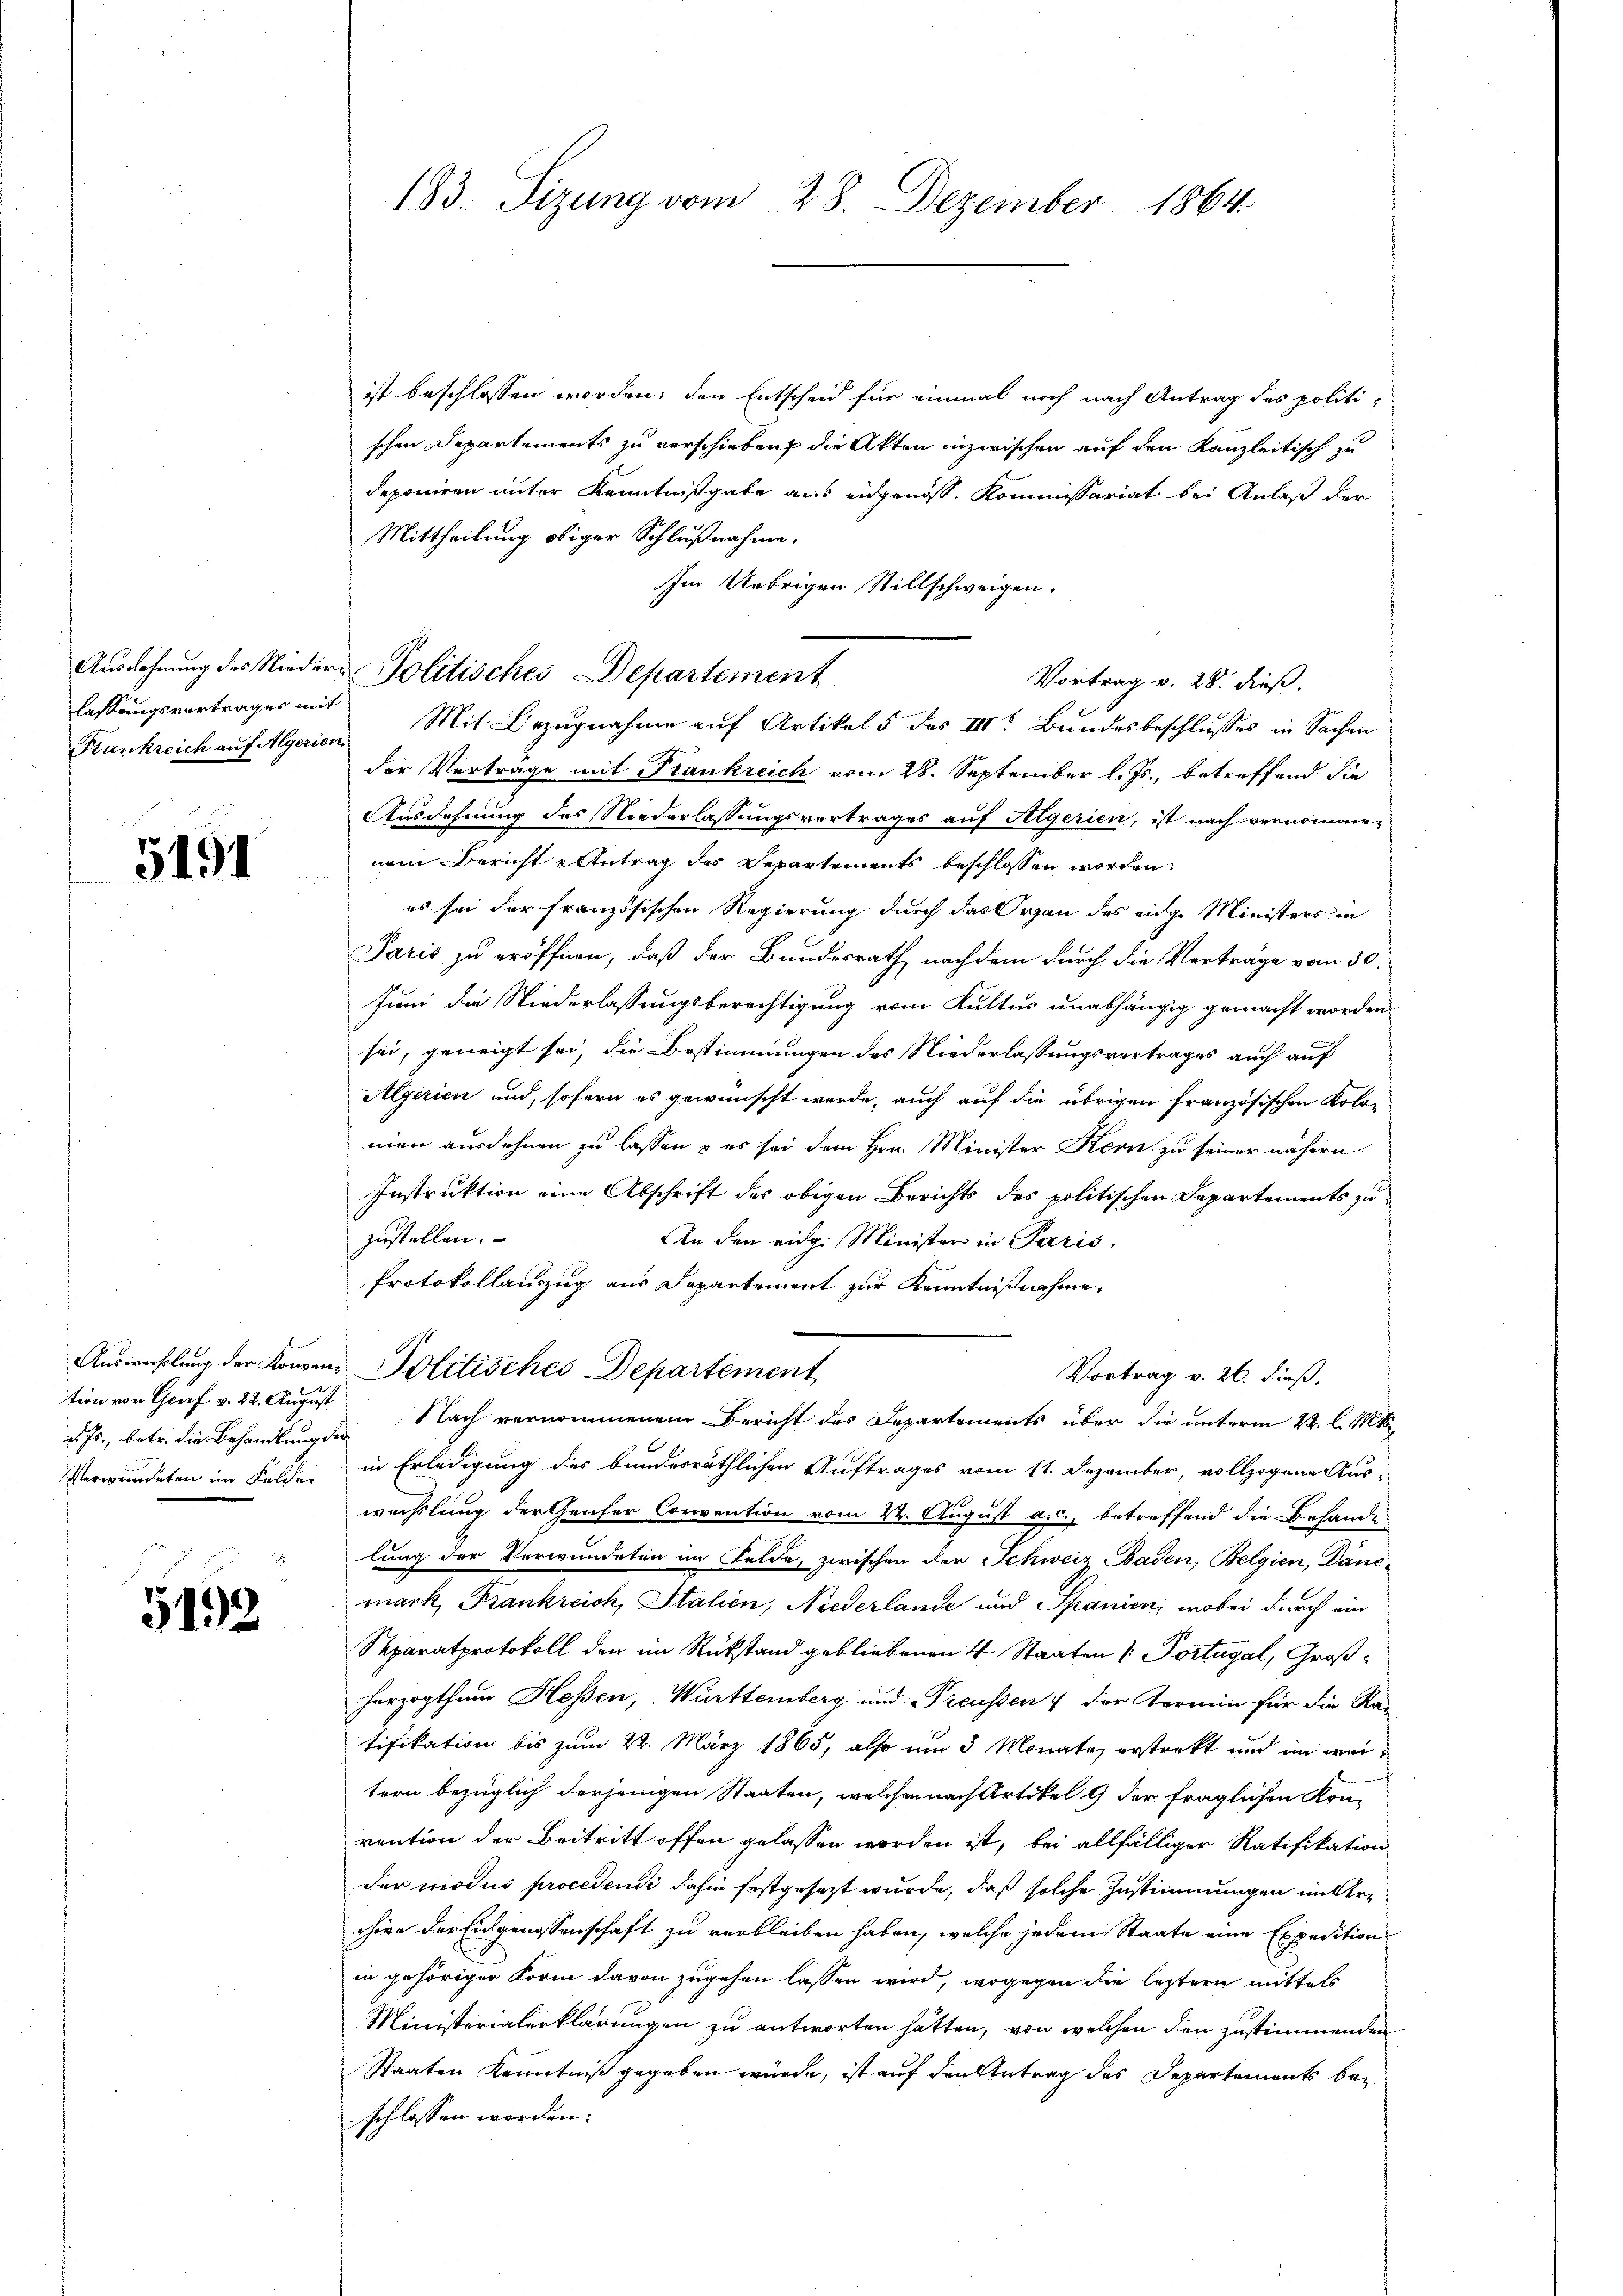
lassungsvertrages mit
Krankreich auf Algerien

5191

ist beschlossen worden, den Entscheid für einmal noch nach Antrag des politi-
schen Departements zu verschieben, die Akten inzwischen auf den Kanzleitisch zu
deponiren unter Kenntnißgabe aus eidgenöss. Kommissariat bei Anlaß der
Mittheilung obiger Schlußnahme.
Im Uebrigen Stillschweigen.
Vortrag v. 28. dieß.
Mit Bezugnahme auf Artikel 5 des III. Bundesbeschlusses in Sachen
der Verträge mit Frankreich vom 28. September l. Js., betreffend die
Ausdehnung des Niederlassungsvertrages auf Algerien, ist nach vernommen
nem Bericht Antrag des Departements beschlossen worden.
es sei der französischen Regierung durch das Organ des eidge Ministers in
Paris zu eröffnen, daß der Bundesrath nachdem durch die Verträge vom 30.
Juni die Niederlassungsberechtigung vom Kultus unabhängig gemacht worden.
sei, geneigt sei, die Bestimmungen des Niederlassungsvertrages auch auf
Algerien und, sofern es gewünscht werde, auch auf die übrigen französischen Kolomen ausdehnen zu lassen & es sei dem Hrn. Minister Kern zu seiner nähern
Instruktion eine Abschrift des obigen Berichts des politischen Departements zu
zustellen.
An den eidg. Minister in Paris.
Protokollauszug aus Departement zur Kenntnißnahme.
Auswechslung der Konzen- Politisches Departement
Vortrag v. 26. dieß,
Nach vernommenem Bericht des Departements über die unterm 22. l. Mt
Verwundeten im Felde in Erledigung des bundesräthlichen Auftrages vom 11. Dezember, vollzogene Auswechslung der Genfer Convention vom 24. August a. c. betreffend die Behande
lung der Verwundeten im Felde, zwischen der Schweiz Baden, Belgien, Däncmark, Frankreich, Italien, Niederlande und Spanien, wobei durch ein
Separatprotokoll den im Rükstand gebliebenen 4 Staaten Portugal, Großherzogthum Heßen, Württemberg und Treussen der Termin für die Rätifikation bis zum 22. März 1865, also um 3 Monate erstrekt und im weitern bezüglich derjenigen Staaten, welchen nach Artikel 9 der fraglichen Komrention der Beitritt offen gelassen worden ist, bei allfälliger Ratifikation
der modus procedensi dahin festgesezt wurde, daß solche Zustimmungen in Archien der Eidgenossenschaft zu verbleiben haben, welche jedem Staate eine Expedition
in gehöriger Form davon zugehen lassen wird, wogegen die leztern mittels
Ministerialerklärungen zu antworten hätten, von welchen den zustimmenden
Staaten Kenntniß gegeben würde, ist auf den Antrag des Departements bei
schlossen worden.

tion von Genf v. 22. August
d. Js., betr. die Behandlung der

5192

183. Sizung vom 28. Dezember 1864.

Ausdehnung des Nieder Politisches Departement